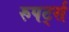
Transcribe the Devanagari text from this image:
रुपर्ट्स